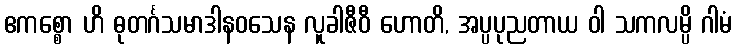
ဧကစ္စော ဟိ ဓုတင်္ဂသမာဒါနဝသေန လူခါဇီဝီ ဟောတိ, အပ္ပပုညတာယ ဝါ သကလမ္ပိ ဂါမံ